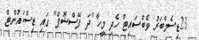
23ޑިސެމްބަރު ވެބްސައިޓް ހެދި މީހާ "ދަ ފޭސްޝޮޕް" ގައި ޑިސްކައުންޓް